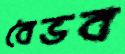
বৈভব